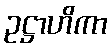
ဥဋ္ဌာဟိကာ